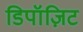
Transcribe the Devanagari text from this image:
डिपॉज़िट